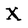
Character: X